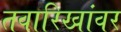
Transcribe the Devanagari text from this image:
तवारिखांवर